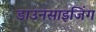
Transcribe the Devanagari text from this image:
डाउनसाइजिंग